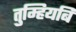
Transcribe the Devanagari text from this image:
तुम्हियबि